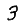
Digit: 3